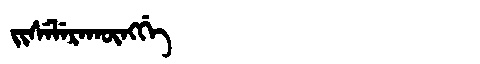
Manchu: ᠵᡳᠰᡝᠯᡝᡵᠠᡴᡡᠩᡤᡝ
Romanization: JISELERAKŪNGGE